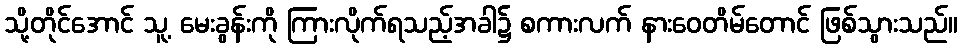
သို့တိုင်အောင် သူ့ မေးခွန်းကို ကြားလိုက်ရသည့်အခါ၌ စကားလက် နားဝေတိမ်တောင် ဖြစ်သွားသည်။